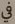
في